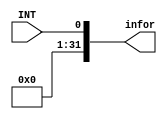
`timescale 1ns / 1ps
//////////////////////////////////////////////////////////////////////////////////
// Company: 
// Engineer: 
// 
// Design Name: 
// Module Name:    info 
// Project Name: 
// Target Devices: 
// Tool versions: 
// Description: 
//
// Dependencies: 
//
// Revision: 
// Revision 0.01 - File Created
// Additional Comments: 
//
//////////////////////////////////////////////////////////////////////////////////
module info(
	input INT,
	output [31:0]infor
    );

assign infor={31'd0,INT};

endmodule